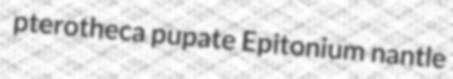
pterotheca pupate Epitonium nantle